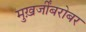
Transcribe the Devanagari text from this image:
मुख़र्जींबरोबर